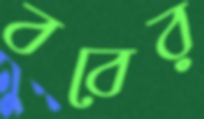
ববের